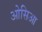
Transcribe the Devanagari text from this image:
ओसिआ